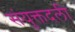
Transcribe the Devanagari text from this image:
संयुक्तदली